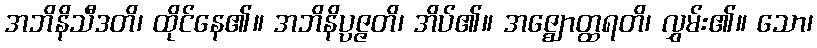
အဘိနိသီဒတိ၊ ထိုင်နေ၏။ အဘိနိပ္ပဇ္ဇတိ၊ အိပ်၏။ အဇ္ဈောတ္ထရတိ၊ လွှမ်း၏။ သော၊